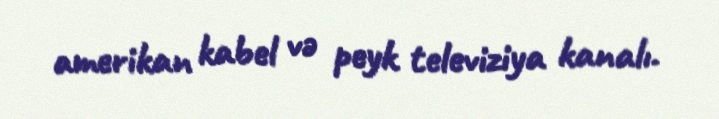
amerikan kabel və peyk televiziya kanalı.